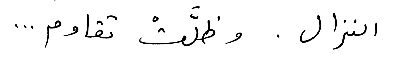
النزال. وظلّتْ تقاوم...